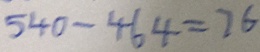
5 4 0 - 4 6 4 = 7 6